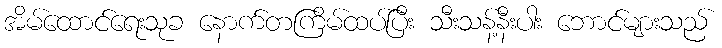
အိမ်ထောင်ရေးသုခ နောက်တကြိမ်ထပ်ပြီး သီးသန့်နီးပါး ဘောင်များသည်